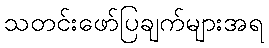
သတင်းဖော်ပြချက်များအရ